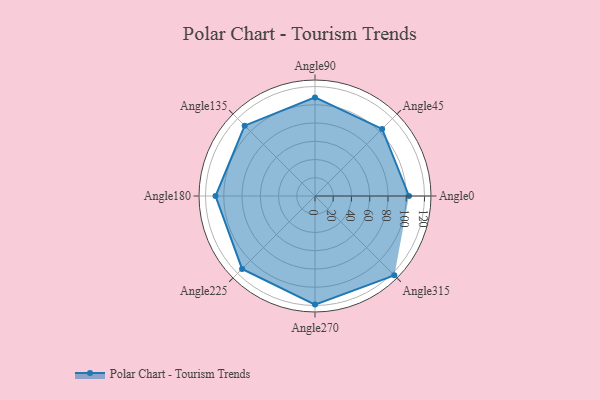
{"axis": {"x": "Angle", "y": "Radius"}, "legend": [""], "data": [{"x": "Angle0", "y": 103.0, "type": ""}, {"x": "Angle45", "y": 104.0, "type": ""}, {"x": "Angle90", "y": 108.0, "type": ""}, {"x": "Angle135", "y": 109.0, "type": ""}, {"x": "Angle180", "y": 109.0, "type": ""}, {"x": "Angle225", "y": 113.0, "type": ""}, {"x": "Angle270", "y": 119.0, "type": ""}, {"x": "Angle315", "y": 123.0, "type": ""}]}